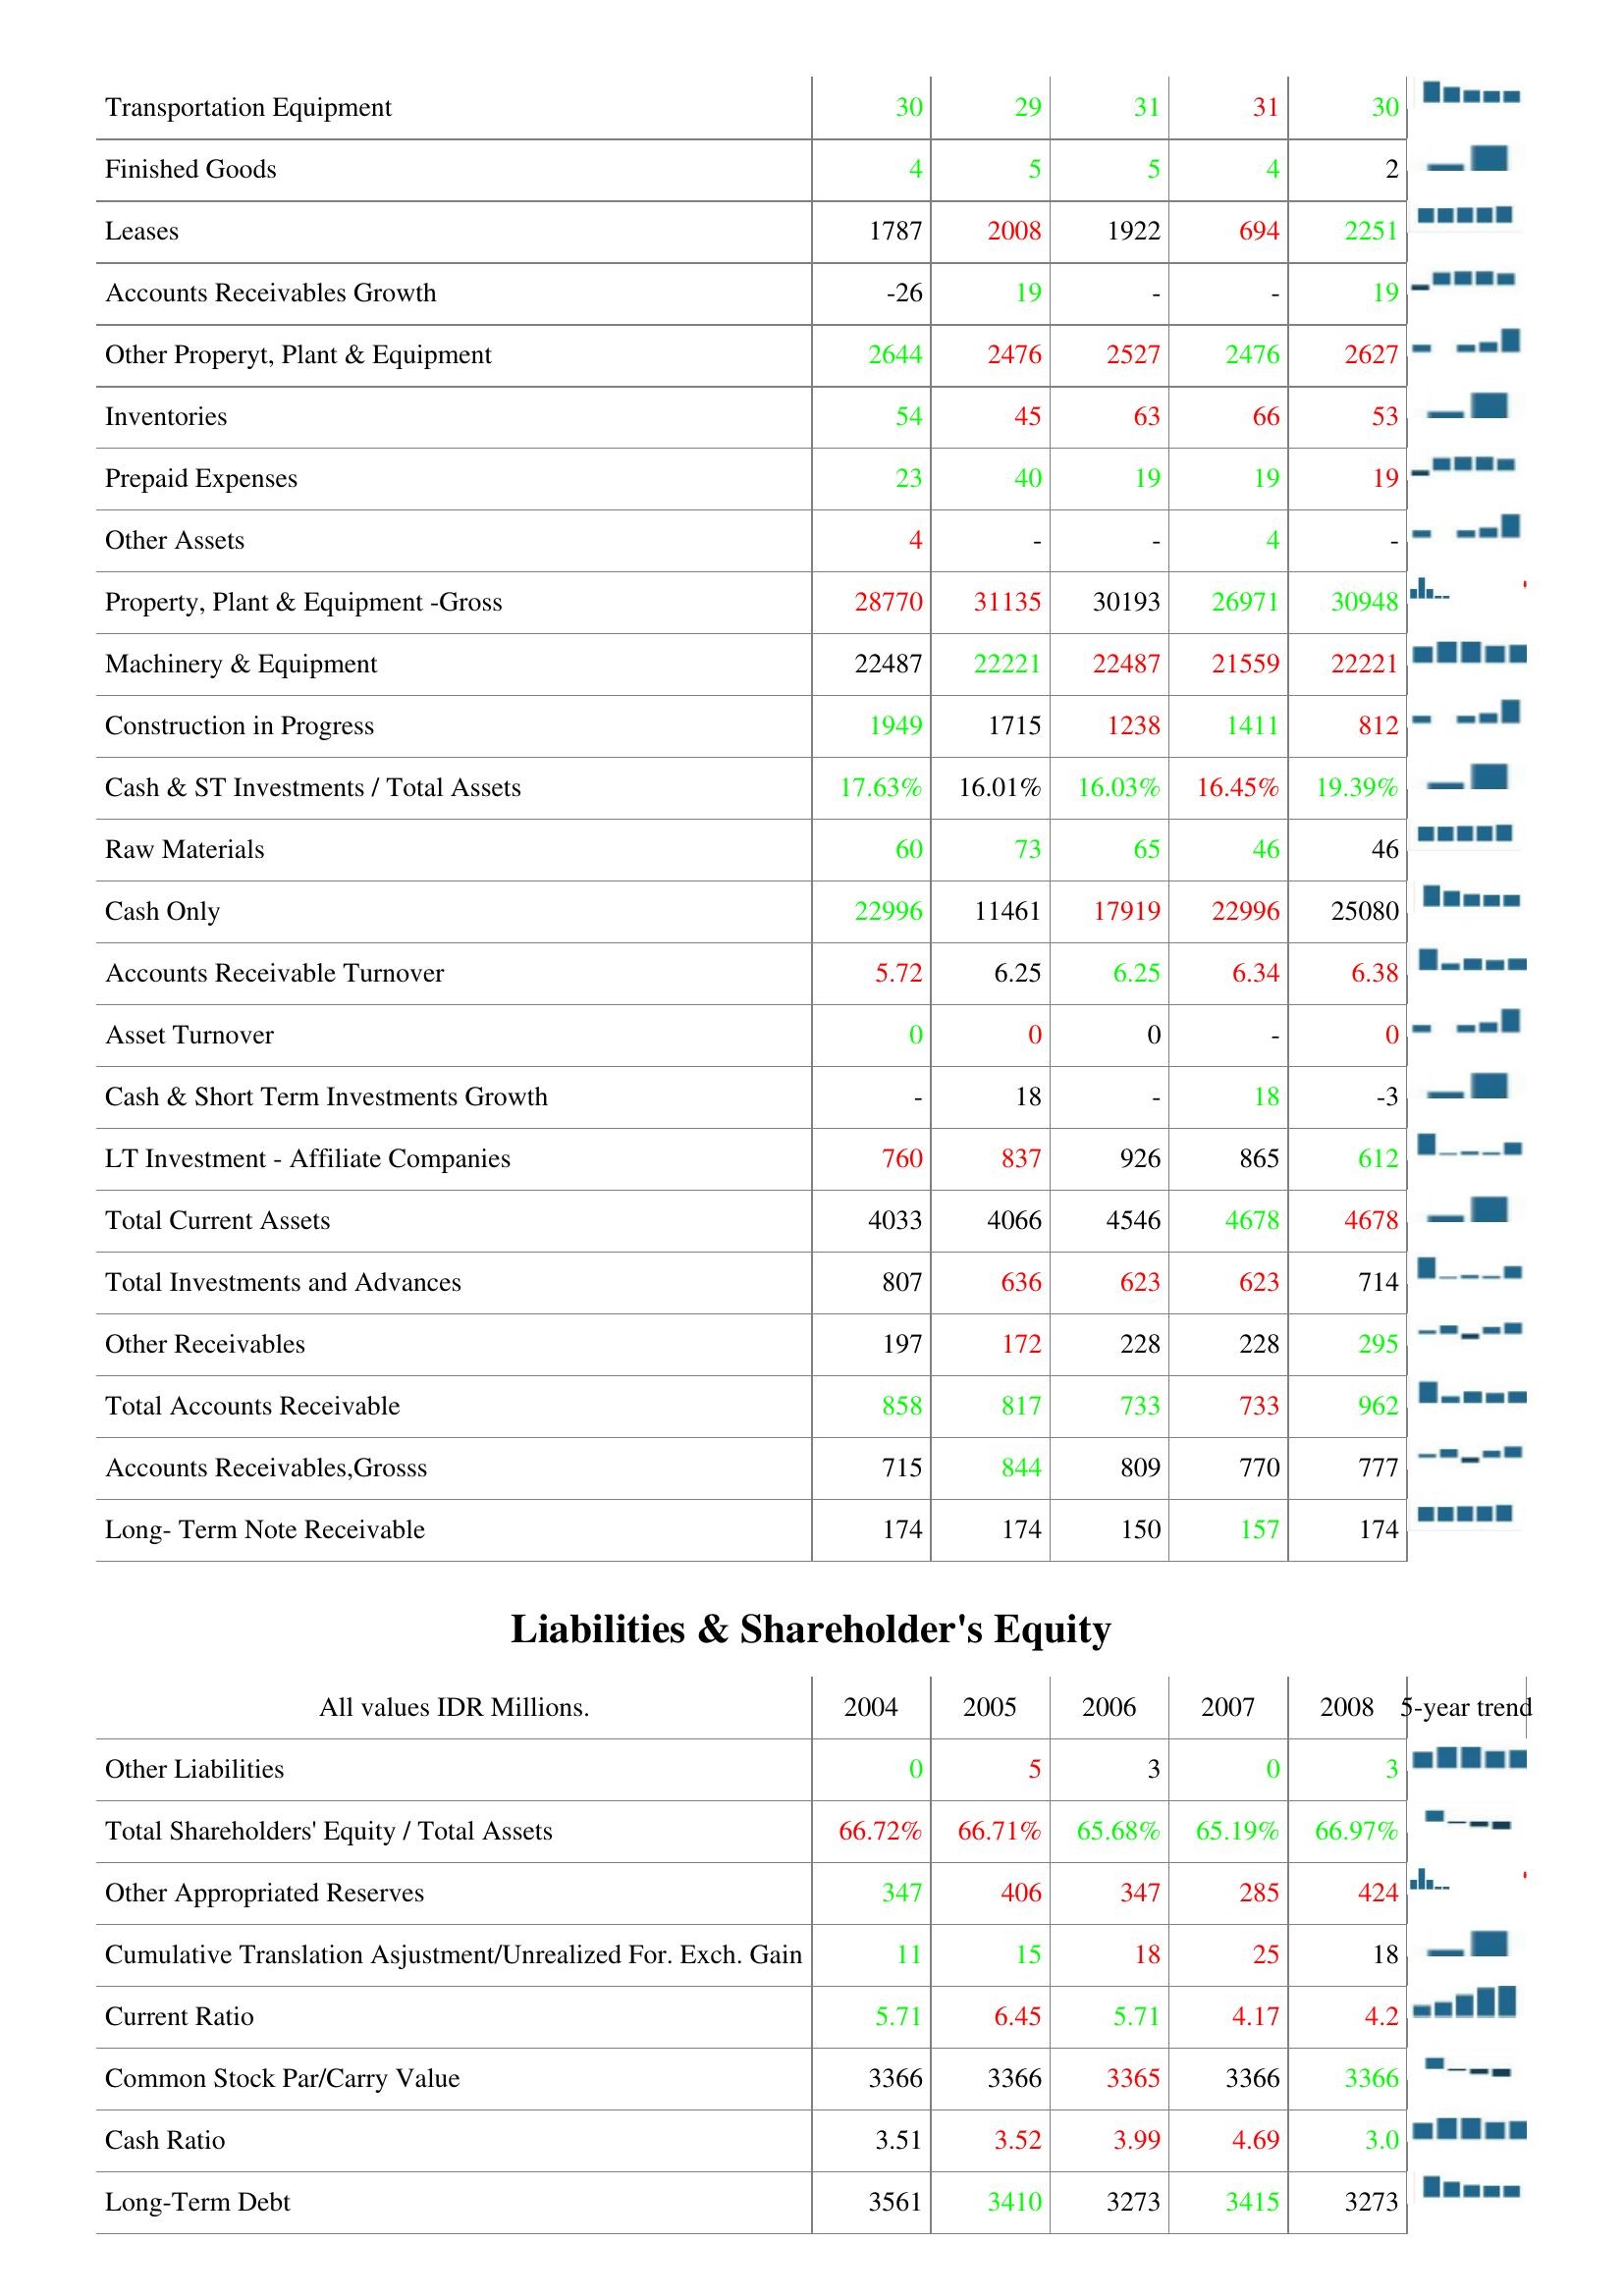
2004: Assets: Transportation Equipment: 30
Finished Goods: 4
Leases: 1787
Accounts Receivables Growth: -26
Other Properyt, Plant & Equipment: 2644
Inventories: 54
Prepaid Expenses: 23
Other Assets: 4
Property, Plant & Equipment -Gross: 28770
Machinery & Equipment: 22487
Construction in Progress: 1949
Cash & ST Investments / Total Assets: 17.63%
Raw Materials: 60
Cash Only: 22996
Accounts Receivable Turnover: 5.72
Asset Turnover: 0
Cash & Short Term Investments Growth: -
LT Investment - Affiliate Companies: 760
Total Current Assets: 4033
Total Investments and Advances: 807
Other Receivables: 197
Total Accounts Receivable: 858
Accounts Receivables,Grosss: 715
Long- Term Note Receivable: 174
Liabilities & Shareholder's Equity: Other Liabilities: 0
Total Shareholders' Equity / Total Assets: 66.72%
Other Appropriated Reserves: 347
Cumulative Translation Asjustment/Unrealized For. Exch. Gain: 11
Current Ratio: 5.71
Common Stock Par/Carry Value: 3366
Cash Ratio: 3.51
Long-Term Debt: 3561
2005: Assets: Transportation Equipment: 29
Finished Goods: 5
Leases: 2008
Accounts Receivables Growth: 19
Other Properyt, Plant & Equipment: 2476
Inventories: 45
Prepaid Expenses: 40
Other Assets: -
Property, Plant & Equipment -Gross: 31135
Machinery & Equipment: 22221
Construction in Progress: 1715
Cash & ST Investments / Total Assets: 16.01%
Raw Materials: 73
Cash Only: 11461
Accounts Receivable Turnover: 6.25
Asset Turnover: 0
Cash & Short Term Investments Growth: 18
LT Investment - Affiliate Companies: 837
Total Current Assets: 4066
Total Investments and Advances: 636
Other Receivables: 172
Total Accounts Receivable: 817
Accounts Receivables,Grosss: 844
Long- Term Note Receivable: 174
Liabilities & Shareholder's Equity: Other Liabilities: 5
Total Shareholders' Equity / Total Assets: 66.71%
Other Appropriated Reserves: 406
Cumulative Translation Asjustment/Unrealized For. Exch. Gain: 15
Current Ratio: 6.45
Common Stock Par/Carry Value: 3366
Cash Ratio: 3.52
Long-Term Debt: 3410
2006: Assets: Transportation Equipment: 31
Finished Goods: 5
Leases: 1922
Accounts Receivables Growth: -
Other Properyt, Plant & Equipment: 2527
Inventories: 63
Prepaid Expenses: 19
Other Assets: -
Property, Plant & Equipment -Gross: 30193
Machinery & Equipment: 22487
Construction in Progress: 1238
Cash & ST Investments / Total Assets: 16.03%
Raw Materials: 65
Cash Only: 17919
Accounts Receivable Turnover: 6.25
Asset Turnover: 0
Cash & Short Term Investments Growth: -
LT Investment - Affiliate Companies: 926
Total Current Assets: 4546
Total Investments and Advances: 623
Other Receivables: 228
Total Accounts Receivable: 733
Accounts Receivables,Grosss: 809
Long- Term Note Receivable: 150
Liabilities & Shareholder's Equity: Other Liabilities: 3
Total Shareholders' Equity / Total Assets: 65.68%
Other Appropriated Reserves: 347
Cumulative Translation Asjustment/Unrealized For. Exch. Gain: 18
Current Ratio: 5.71
Common Stock Par/Carry Value: 3365
Cash Ratio: 3.99
Long-Term Debt: 3273
2007: Assets: Transportation Equipment: 31
Finished Goods: 4
Leases: 694
Accounts Receivables Growth: -
Other Properyt, Plant & Equipment: 2476
Inventories: 66
Prepaid Expenses: 19
Other Assets: 4
Property, Plant & Equipment -Gross: 26971
Machinery & Equipment: 21559
Construction in Progress: 1411
Cash & ST Investments / Total Assets: 16.45%
Raw Materials: 46
Cash Only: 22996
Accounts Receivable Turnover: 6.34
Asset Turnover: -
Cash & Short Term Investments Growth: 18
LT Investment - Affiliate Companies: 865
Total Current Assets: 4678
Total Investments and Advances: 623
Other Receivables: 228
Total Accounts Receivable: 733
Accounts Receivables,Grosss: 770
Long- Term Note Receivable: 157
Liabilities & Shareholder's Equity: Other Liabilities: 0
Total Shareholders' Equity / Total Assets: 65.19%
Other Appropriated Reserves: 285
Cumulative Translation Asjustment/Unrealized For. Exch. Gain: 25
Current Ratio: 4.17
Common Stock Par/Carry Value: 3366
Cash Ratio: 4.69
Long-Term Debt: 3415
2008: Assets: Transportation Equipment: 30
Finished Goods: 2
Leases: 2251
Accounts Receivables Growth: 19
Other Properyt, Plant & Equipment: 2627
Inventories: 53
Prepaid Expenses: 19
Other Assets: -
Property, Plant & Equipment -Gross: 30948
Machinery & Equipment: 22221
Construction in Progress: 812
Cash & ST Investments / Total Assets: 19.39%
Raw Materials: 46
Cash Only: 25080
Accounts Receivable Turnover: 6.38
Asset Turnover: 0
Cash & Short Term Investments Growth: -3
LT Investment - Affiliate Companies: 612
Total Current Assets: 4678
Total Investments and Advances: 714
Other Receivables: 295
Total Accounts Receivable: 962
Accounts Receivables,Grosss: 777
Long- Term Note Receivable: 174
Liabilities & Shareholder's Equity: Other Liabilities: 3
Total Shareholders' Equity / Total Assets: 66.97%
Other Appropriated Reserves: 424
Cumulative Translation Asjustment/Unrealized For. Exch. Gain: 18
Current Ratio: 4.2
Common Stock Par/Carry Value: 3366
Cash Ratio: 3.0
Long-Term Debt: 3273